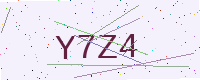
Text: Y7Z4